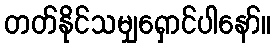
တတ်နိုင်သမျှရှောင်ပါနော်။